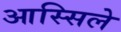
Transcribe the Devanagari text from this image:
आस्सिले